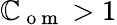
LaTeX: \mathbb{C}_{\mathrm{{~o~m~}}}>1